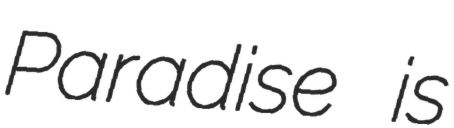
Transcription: Paradise is